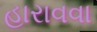
હારાવવા